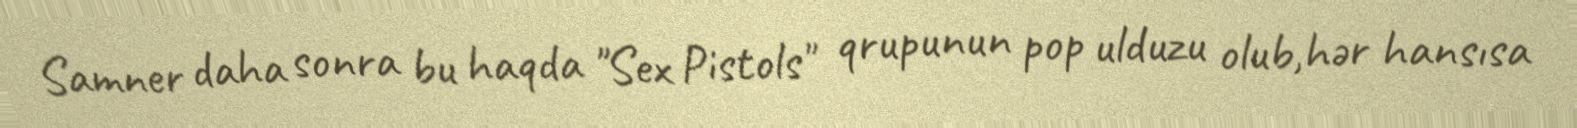
Samner daha sonra bu haqda "Sex Pistols" qrupunun pop ulduzu olub,hər hansısa